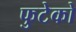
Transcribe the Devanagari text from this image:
फुटेको